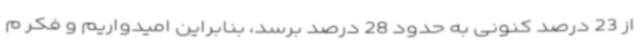
از 23 درصد کنونی به حدود 28 درصد برسد، بنابراین امیدواریم و فکر م